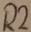
Text: R2